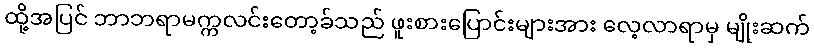
ထို့အပြင် ဘာဘရာမက္ကလင်းတော့ခ်သည် ဖူးစားပြောင်းများအား လေ့လာရာမှ မျိုးဆက်